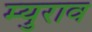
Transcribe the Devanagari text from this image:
म्युराव